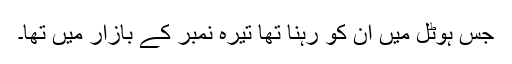
جس ہوٹل میں ان کو رہنا تھا تیرہ نمبر کے بازار میں تھا۔